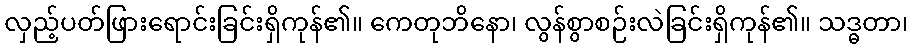
လှည့်ပတ်ဖြားရောင်းခြင်းရှိကုန်၏။ ကေတုဘိနော၊ လွန်စွာစဉ်းလဲခြင်းရှိကုန်၏။ သဒ္ဓတာ၊